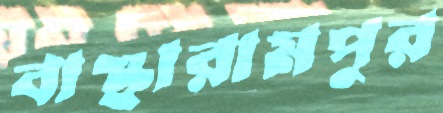
বাঞ্ছারামপুর